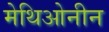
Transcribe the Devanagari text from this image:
मेथिओनीन